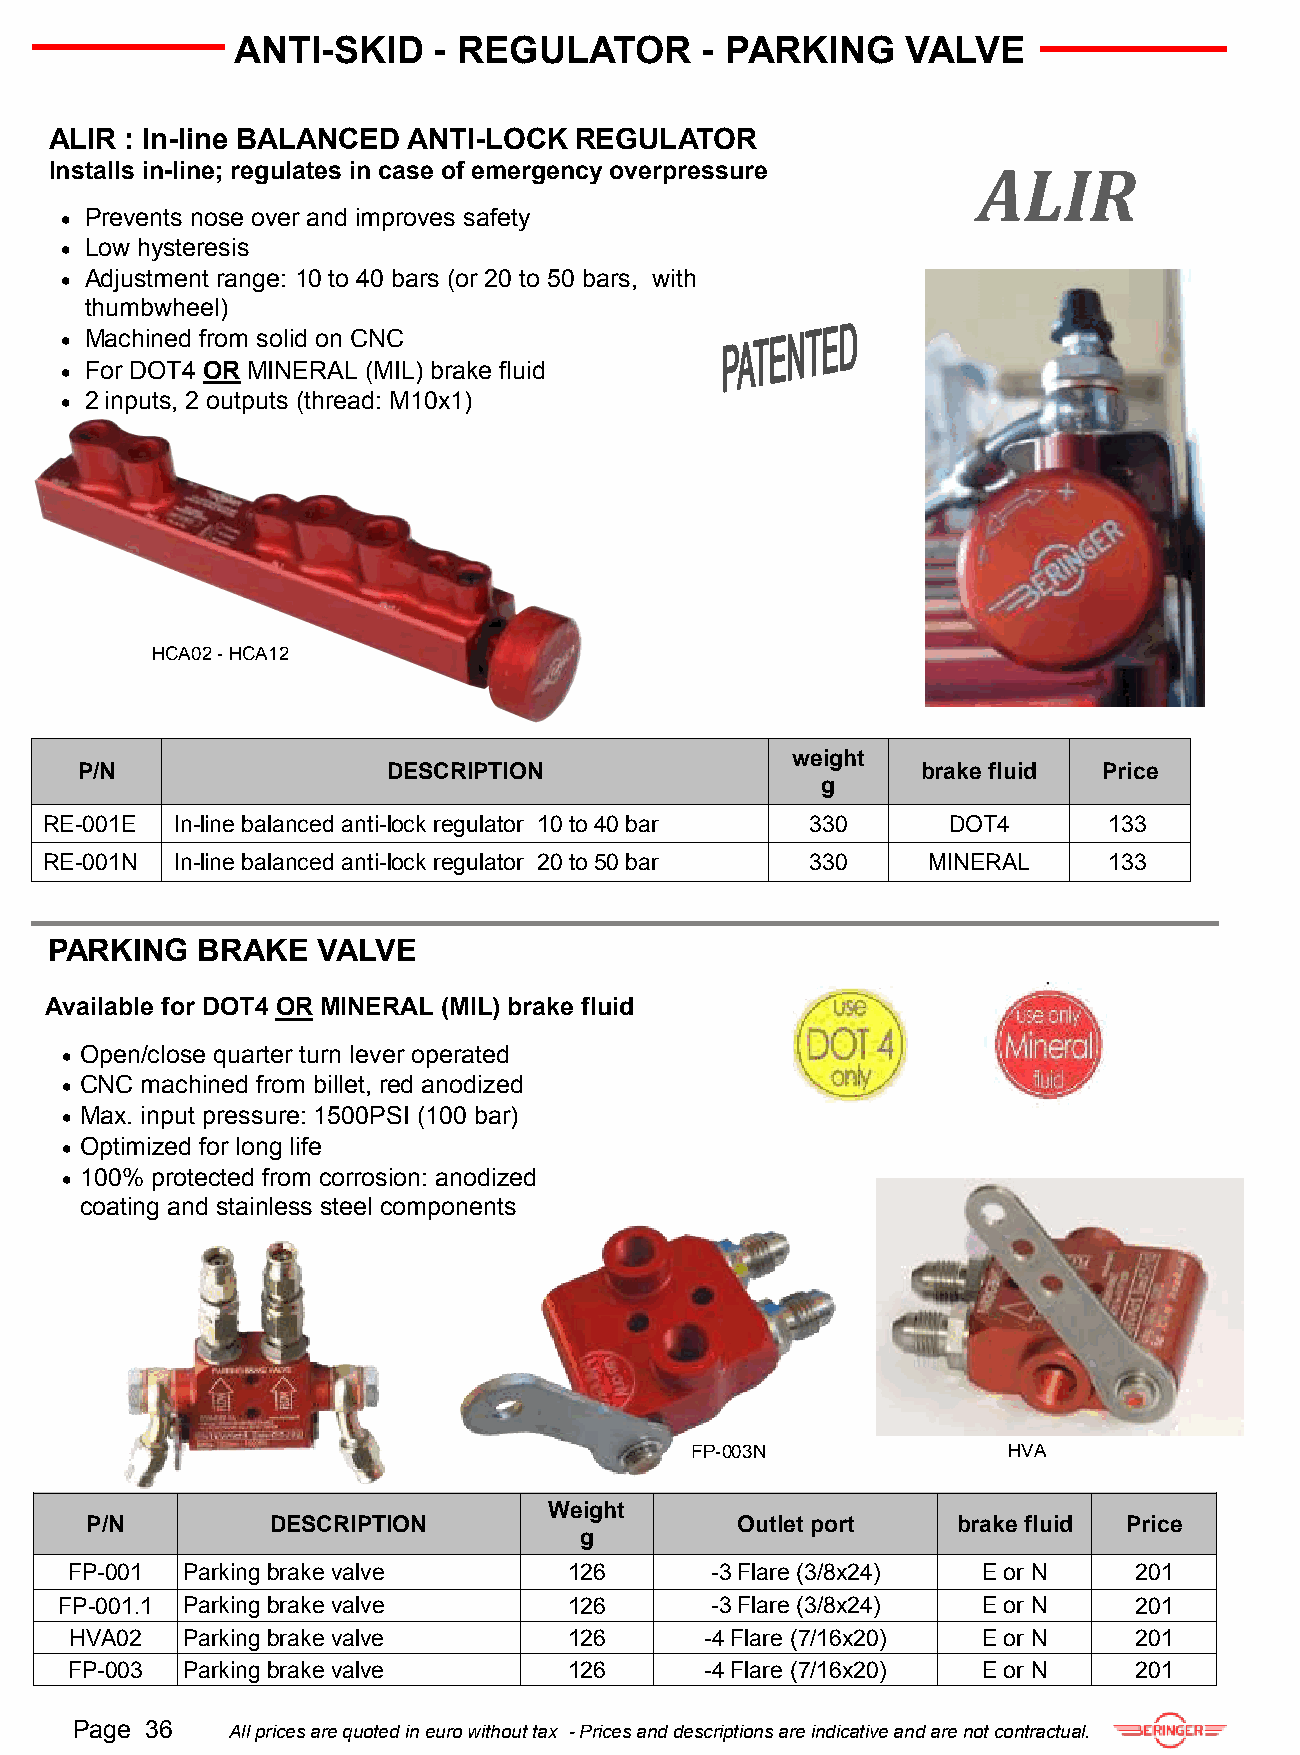
ANTI-SKID     - REGULATOR      - PARKING     VALVE
 ALIR : In-line BALANCED ANTI-LOCK  REGULATOR
 Installs in-line; regulates in case of emergency overpressure ALIR
  Prevents nose over and improves safety
  Low hysteresis
  Adjustment range: 10 to 40 bars (or 20 to 50 bars, with
 thumbwheel)
  Machined from solid on CNC
  For DOT4 OR MINERAL (MIL) brake fluid
  2 inputs, 2 outputs (thread: M10x1)
 HCA02 - HCA12
 weight
 P/N                  DESCRIPTION                        brake fluid Price
 g
 RE-001E In-line balanced anti-lock regulator 10 to 40 bar 330 DOT4    133
 RE-001N In-line balanced anti-lock regulator 20 to 50 bar 330 MINERAL 133
 PARKING   BRAKE   VALVE
 Available for DOT4 OR MINERAL (MIL) brake fluid
  Open/close quarter turn lever operated
  CNC machined from billet, red anodized
  Max. input pressure: 1500PSI (100 bar)
  Optimized for long life
  100% protected from corrosion: anodized
 coating and stainless steel components
 FP-003N              HVA
 Weight
 P/N         DESCRIPTION                    Outlet port   brake fluid Price
 g
 FP-001  Parking brake valve       126      -3 Flare (3/8x24) E or N    201
 FP-001.1 Parking brake valve      126      -3 Flare (3/8x24) E or N    201
 HVA02  Parking brake valve       126      -4 Flare (7/16x20) E or N   201
 FP-003  Parking brake valve       126      -4 Flare (7/16x20) E or N   201
 Page 36   All prices are quoted in euro without tax - Prices and descriptions are indicative and are not contractual.